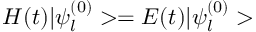
{ \cal H } ( t ) | \psi _ { l } ^ { ( 0 ) } > = E ( t ) | \psi _ { l } ^ { ( 0 ) } >